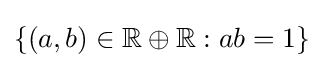
\{(a,b)\in \mathbb {R} \oplus \mathbb {R} :ab=1\}